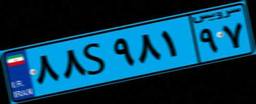
۸۸S۹۸۱۹۷